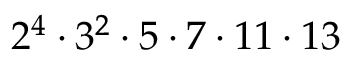
2 ^ { 4 } \cdot 3 ^ { 2 } \cdot 5 \cdot 7 \cdot 1 1 \cdot 1 3